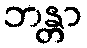
ဘန္တာ